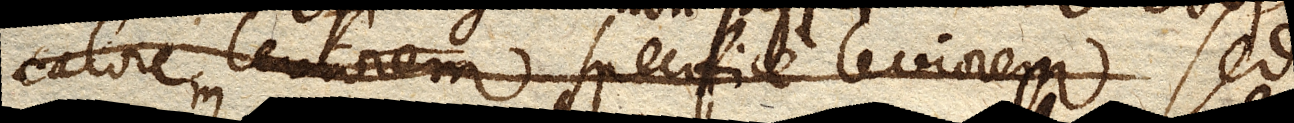
calorem specifice leviorem Sed